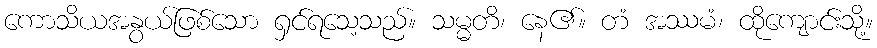
ကောသိယအနွယ်ဖြစ်သော ရှင်ရသေ့သည်။ သမ္မတိ၊ နေ၏။ တံ အဿမံ၊ ထိုကျောင်းသို့။